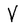
Character: V